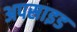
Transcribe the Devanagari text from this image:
अपसाइड